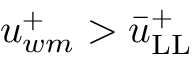
u _ { w m } ^ { + } > \bar { u } _ { \mathrm { L L } } ^ { + }